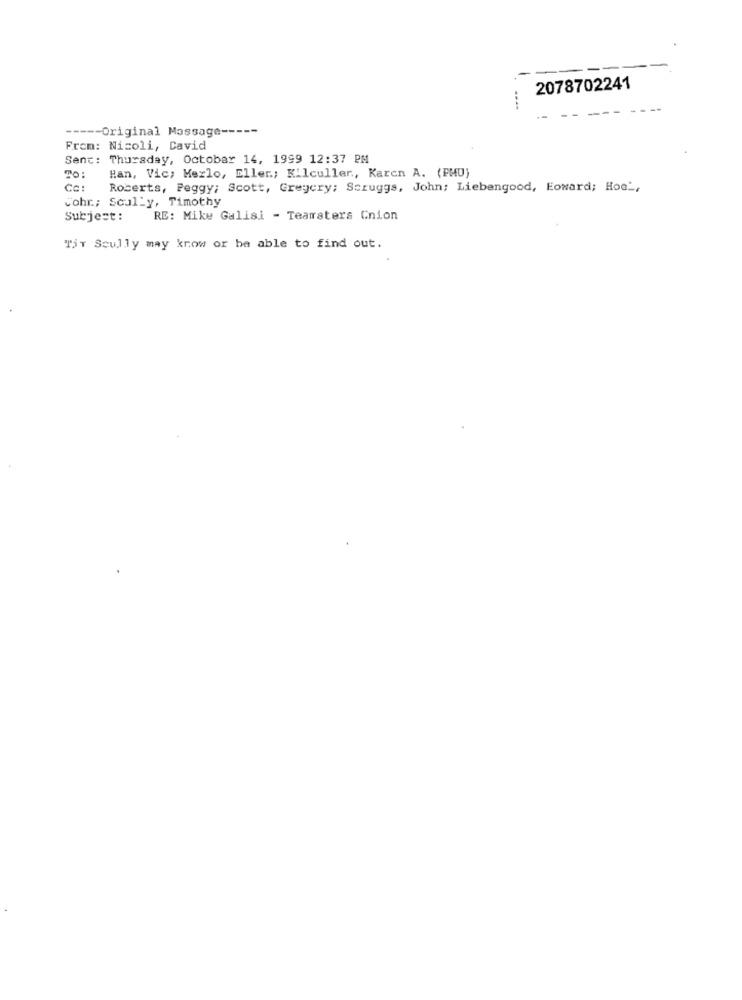
2078702241
---- Original Message -----
From: Nicoli, David
Sent: Thursday, October 14, 1999 12:37 PM
TO :
Han, Vic; Merlo, Eller .; Kilculler, Karen A. (PMU)
Cc:
Roberts, Peggy; Scott, Greycry; Scruggs, John; Liebengood, Eoward; Hoe",
Cohr .; Scully, Timothy
Subject:
RE: Mike Galisi - Teamsters Cnion
TSY Scully may know or be able to find out.